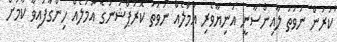
ކުރުން ނުވަތަ ލާއިންސާނީ އަނިޔާވެރި އަމަލެއް ނުވަތަ ކޮރަޕްޝަނުގެ އަމަލެއް ހިންގާފައިވާ ކަމަށް